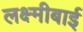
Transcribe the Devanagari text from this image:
लक्ष्‍मीबाई